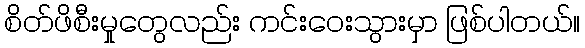
စိတ်ဖိစီးမှုတွေလည်း ကင်းဝေးသွားမှာ ဖြစ်ပါတယ်။